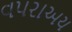
વપરાઅય